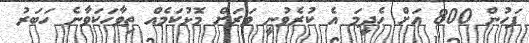
ފަހުން 800 އަށް ހެދީމަ އެ ކުރެވުނީ ވަރަށް މޮޅުކަމެއް ތިވާހަކަވާނެ ހަބަރު